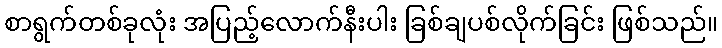
စာရွက်တစ်ခုလုံး အပြည့်လောက်နီးပါး ခြစ်ချပစ်လိုက်ခြင်း ဖြစ်သည်။